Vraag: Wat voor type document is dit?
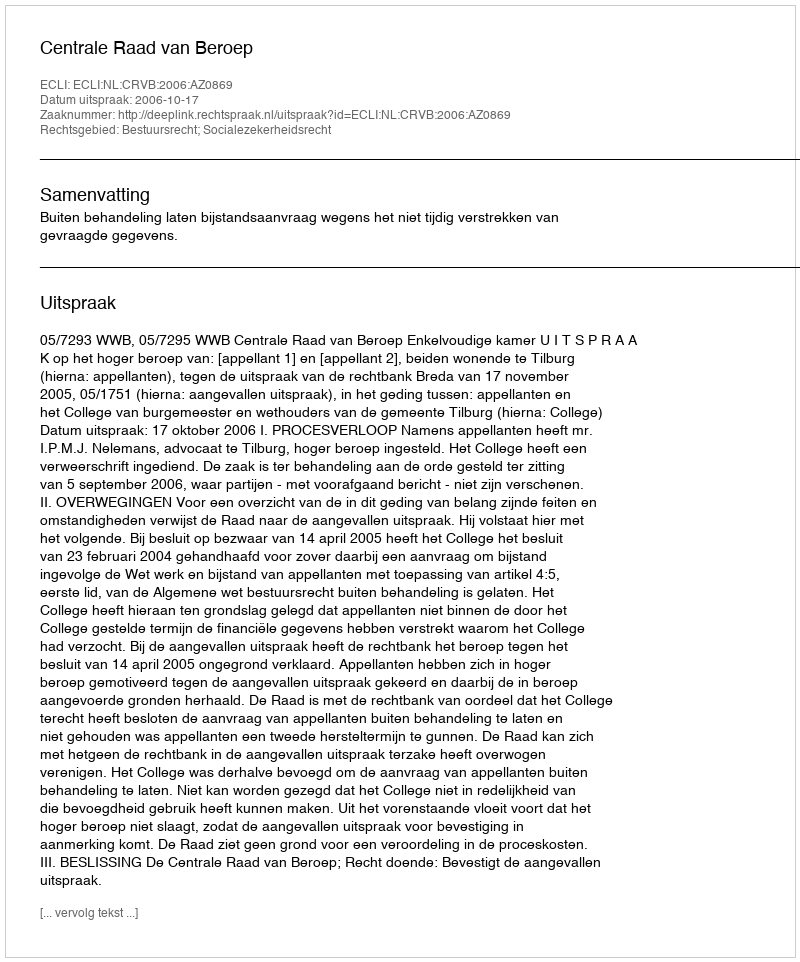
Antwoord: Uitspraak